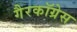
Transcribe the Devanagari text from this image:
गैरकॉग्रेस